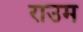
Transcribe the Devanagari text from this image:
राउम